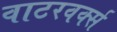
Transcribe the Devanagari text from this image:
वाटरवर्क्स